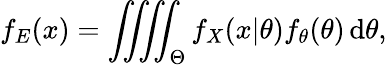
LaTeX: f_{E}(x)=\iiiint_{\Theta}f_{X}(x|\theta)f_{\theta}(\theta)\, \mathrm d\theta,